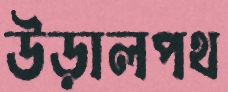
উড়ালপথ